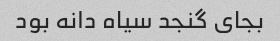
بجای گنجد سیاه دانه بود